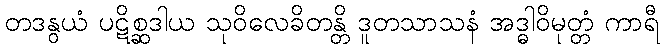
တဒနွယံ ပဋိစ္ဆဒါယ သုဝိလေခိတန္တိ ဒူတသာသနံ အဒ္ဓါဝိမုတ္တံ ကာရီ